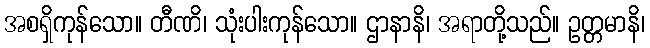
အစရှိကုန်သော။ တီဏိ၊ သုံးပါးကုန်သော။ ဌာနာနိ၊ အရာတို့သည်။ ဥတ္တမာနိ၊